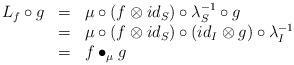
LaTeX: \begin{align*}\begin{array}{lll}L_f\circ g&=&\mu\circ (f\otimes id_S)\circ \lambda_S^{-1}\circ g\\&=&\mu\circ (f\otimes id_S)\circ (id_I\otimes g)\circ \lambda_I^{-1}\\&=&f\bullet_\mu g\end{array}\end{align*}